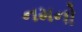
નમનો